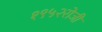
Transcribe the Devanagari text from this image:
१९५२रोजी